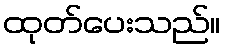
ထုတ်ပေးသည်။